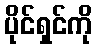
ပိုင်ရှင်ကို